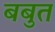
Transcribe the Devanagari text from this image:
बबुत